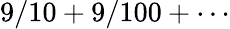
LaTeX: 9/10+9/100+\cdots